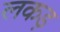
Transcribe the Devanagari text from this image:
लकड़